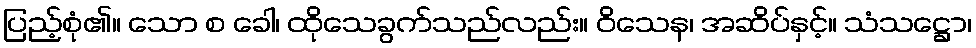
ပြည့်စုံ၏။ သော စ ခေါ၊ ထိုသေခွက်သည်လည်း။ ဝိသေန၊ အဆိပ်နှင့်။ သံသဋ္ဌော၊